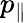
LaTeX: p_{\| }